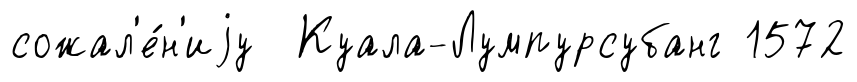
сожал'е́н'иjу Куала-Лумпурсубанг 1572